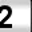
Digit: 2